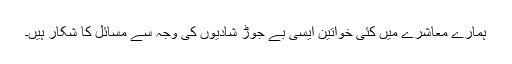
ہمارے معاشرے میں کئی خواتین ایسی بے جوڑ شادیوں کی وجہ سے مسائل کا شکار ہیں۔